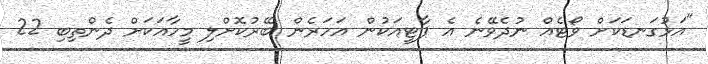
"އަޅުގަނޑަކަށް ވޯޓެއް ނުދެވޭނެ އެ ޕާޓީއަކުން އަހަރެން ބޭރުކޮށްލި މީހާއަކަށް ދެންތިބި 22